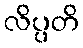
လိပ္ပတိ